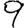
Digit: 9